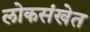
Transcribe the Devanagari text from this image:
लोकसंखेत